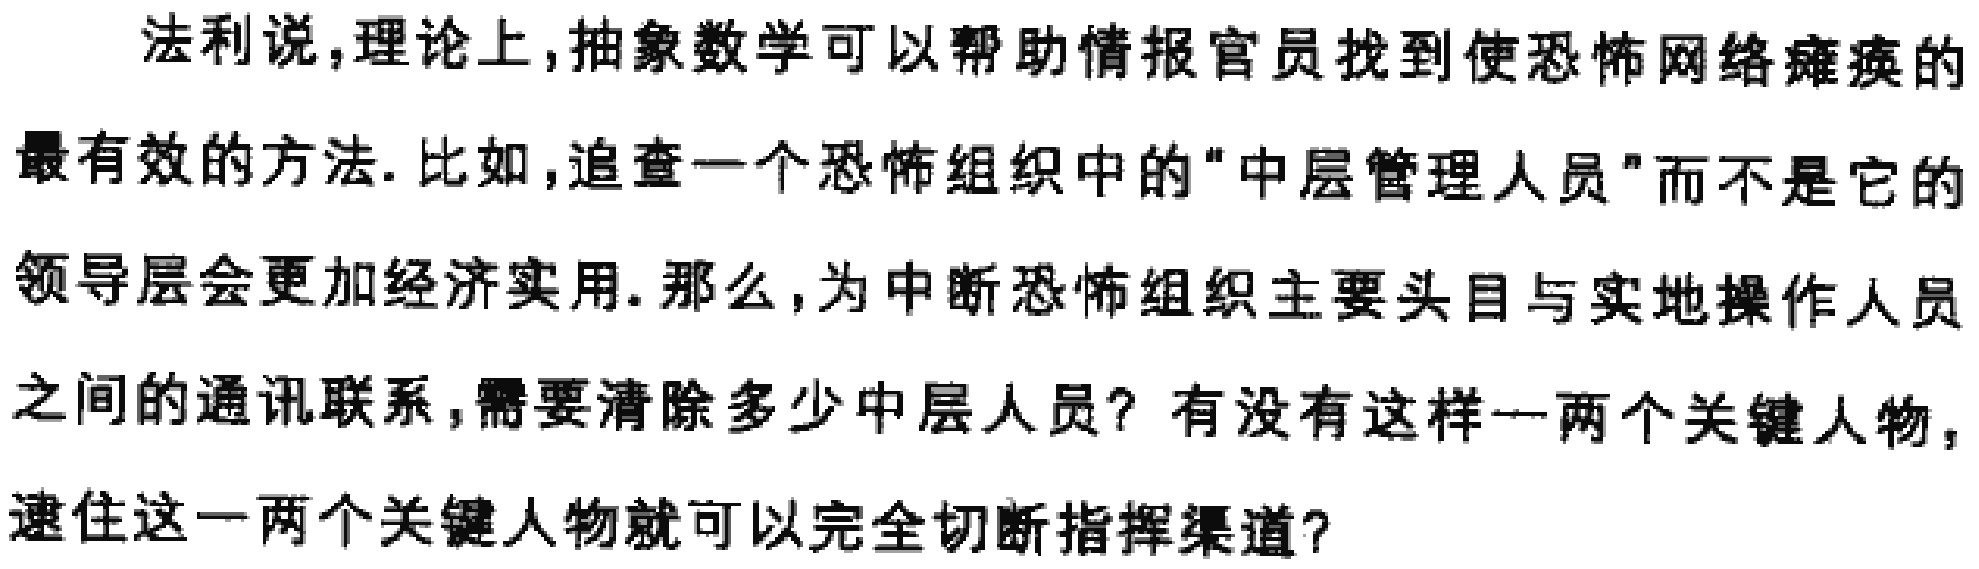
法利说,理论上,抽象数学可以帮助情报官员找到使恐怖网络瘫痪的

最有效的方法. 比如,追查一个恐怖组织中的"中层管理人员"而不是它的

领导层会更加经济实用. 那么,为中断恐怖组织主要头目与实地操作人员

之间的通讯联系,需要清除多少中层人员？有没有这样一两个关键人物,

逮住这一两个关键人物就可以完全切断指挥渠道？